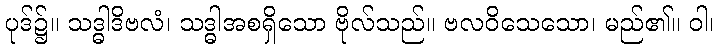
ပုဒ်၌။ သဒ္ဓါဒိဗလံ၊ သဒ္ဓါအစရှိသော ဗိုလ်သည်။ ဗလဝိသေသော၊ မည်၏။ ဝါ၊